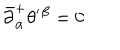
LaTeX: \bar { \partial } _ { \dot { \alpha } } ^ { + } \theta ^ { \prime } { } ^ { \beta } = 0